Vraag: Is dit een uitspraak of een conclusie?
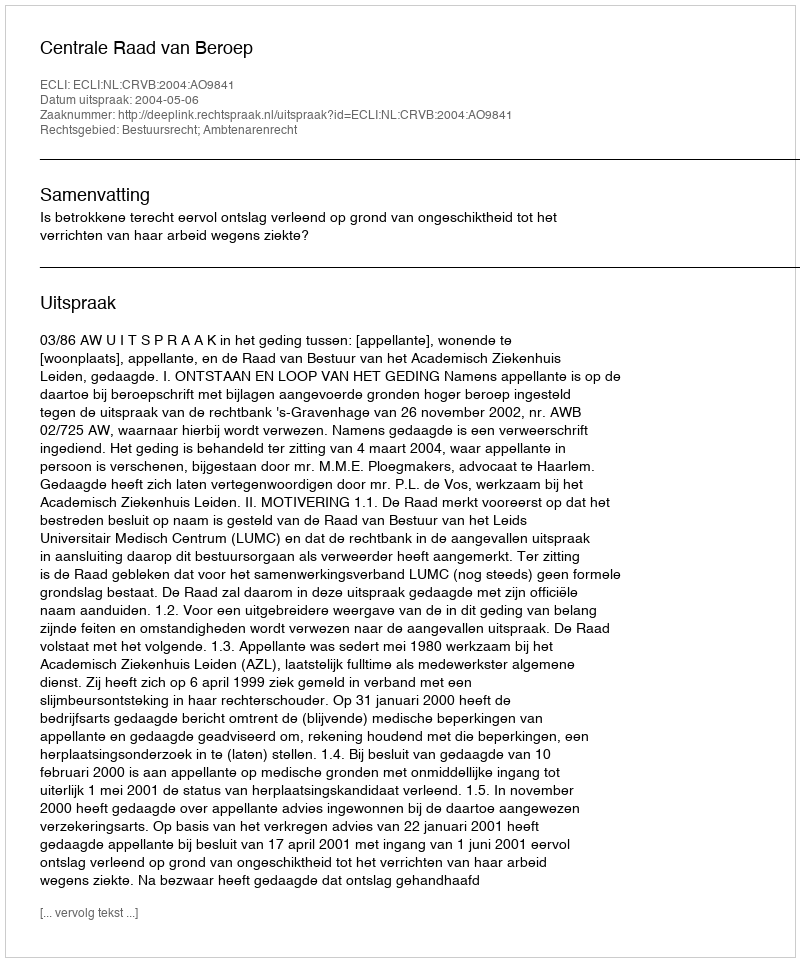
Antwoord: Uitspraak